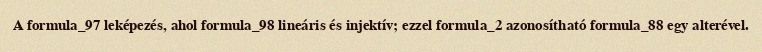
A formula_97 leképezés, ahol formula_98 lineáris és injektív; ezzel formula_2 azonosítható formula_88 egy alterével.